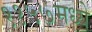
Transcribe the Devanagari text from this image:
११५७मध्ये